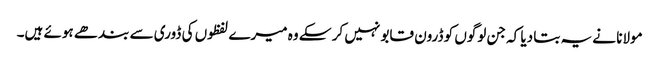
مولانا نے یہ بتا دیا کہ جن لوگوں کو ڈرون قابو نہیں کر سکے وہ میرے لفظوں کی ڈوری سے بندھے ہوئے ہیں۔